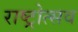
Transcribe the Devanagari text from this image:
राष्ट्रोत्सव